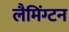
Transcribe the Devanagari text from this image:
लैमिंग्टन